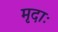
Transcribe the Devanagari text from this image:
मृदाः